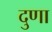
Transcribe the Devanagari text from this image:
दुणा